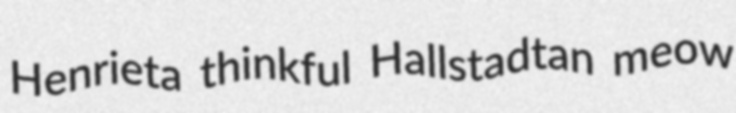
Henrieta thinkful Hallstadtan meow